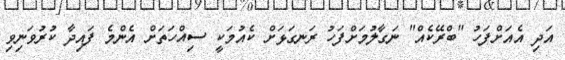
އަދި އެއަށްފަހު "ބްރޭކެއް" ނަގާލުމަށްފަހު ރަނގަޅަށް ކެއުމަކީ ސިއްހަތަށް އެންމެ ފައިދާ ކުރުވަނިވި